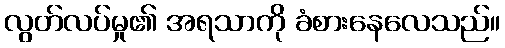
လွတ်လပ်မှု၏ အရသာကို ခံစားနေလေသည်။